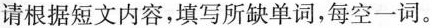
请根据短文内容，填写所缺单词，每空一词。